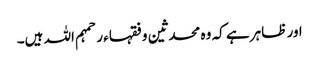
اور ظاہر ہے کہ وہ محدثین و فقہاء ر حمہم اللہ ہیں۔